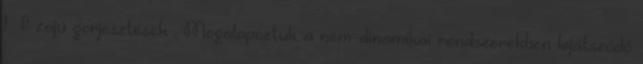
1 f zajú gerjesztések . Megalapoztuk a nem-dinamikai rendszerekben lejátszódó